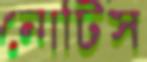
নোটিস